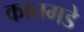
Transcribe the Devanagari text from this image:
कातगडे